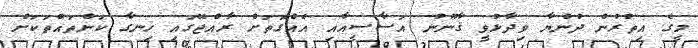
މީގެ އިތުރުން ދުންޔާ ވިދާޅުވީ ޤާނޫނު އަސާސީއާއި އެއްގޮތަށް ރާއްޖޭގައި ހިނގާ ކަންތައްތަކަށް